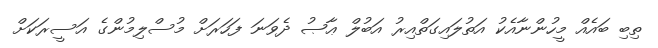
ތިބި ބައެއް މީހުންނާއެކު އަތުލައިގަތްއިރު އަބުލް ޢާޞު ދެވަނަ ފަހަރަށް މުސްލިމުންގެ އަސީރަކަށް